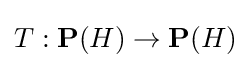
T:\mathbf {P} (H)\to \mathbf {P} (H)